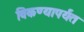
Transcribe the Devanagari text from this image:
विकण्यापर्यंत